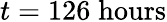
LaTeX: t=126\; \mathrm{hours}